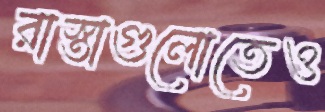
রাস্তাগুলোতেও